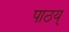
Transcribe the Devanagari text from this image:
पाठय्‌